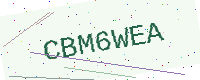
Text: CBM6WEA